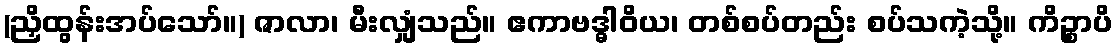
(ညှိထွန်းအပ်သော်။) ဇာလာ၊ မီးလျှံသည်။ ဧကာဗဒ္ဓါဝိယ၊ တစ်စပ်တည်း စပ်သကဲ့သို့။ ကိဉ္စာပိ